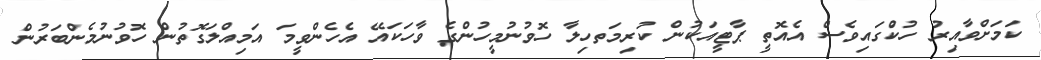
ކަމަށްވާއިރު ހުކުްގައިވެސް އެއޮތީ ޕާޓީއަކުން ކުރިމަތހިލާ ހޮވުނުމީހުންގެ ވާހަކައޭ އެހެންވީމަ އަމިއްލަގޮތުން ހޮވުނުމެންބަރުން